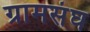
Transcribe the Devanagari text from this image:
ग्रामसंघ